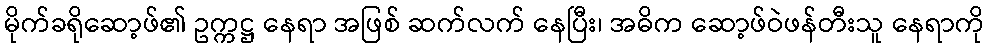
မိုက်ခရိုဆော့ဖ်၏ ဥက္ကဋ္ဌ နေရာ အဖြစ် ဆက်လက် နေပြီး၊ အဓိက ဆော့ဖ်ဝဲဖန်တီးသူ နေရာကို